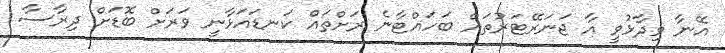
އޭނާ ވިދާޅުވީ އާ ޖަނަރޭޓަރުތައް ބަހައްޓާނެ ރަށްތައް ކަނޑައަޅާނީ ވަރަށް ބޮޑަށް ދިރާސާ